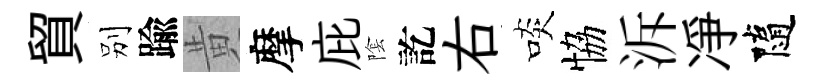
貿别踰黄摩庇隂訖右啖恊泝凈隨